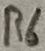
Text: R6